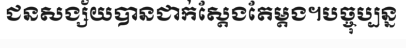
ជនសង្ស័យបានជាក់ស្តែងតែម្តង។បច្ចុប្បន្ន